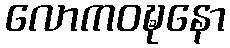
လောကဝဍ္ဎနော